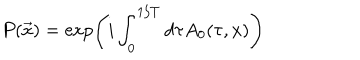
LaTeX: P ( \vec { x } ) = \exp \left( i \int _ { 0 } ^ { 1 / T } d \tau A _ { 0 } ( \tau , x ) \right)